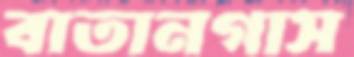
বাতানগাস